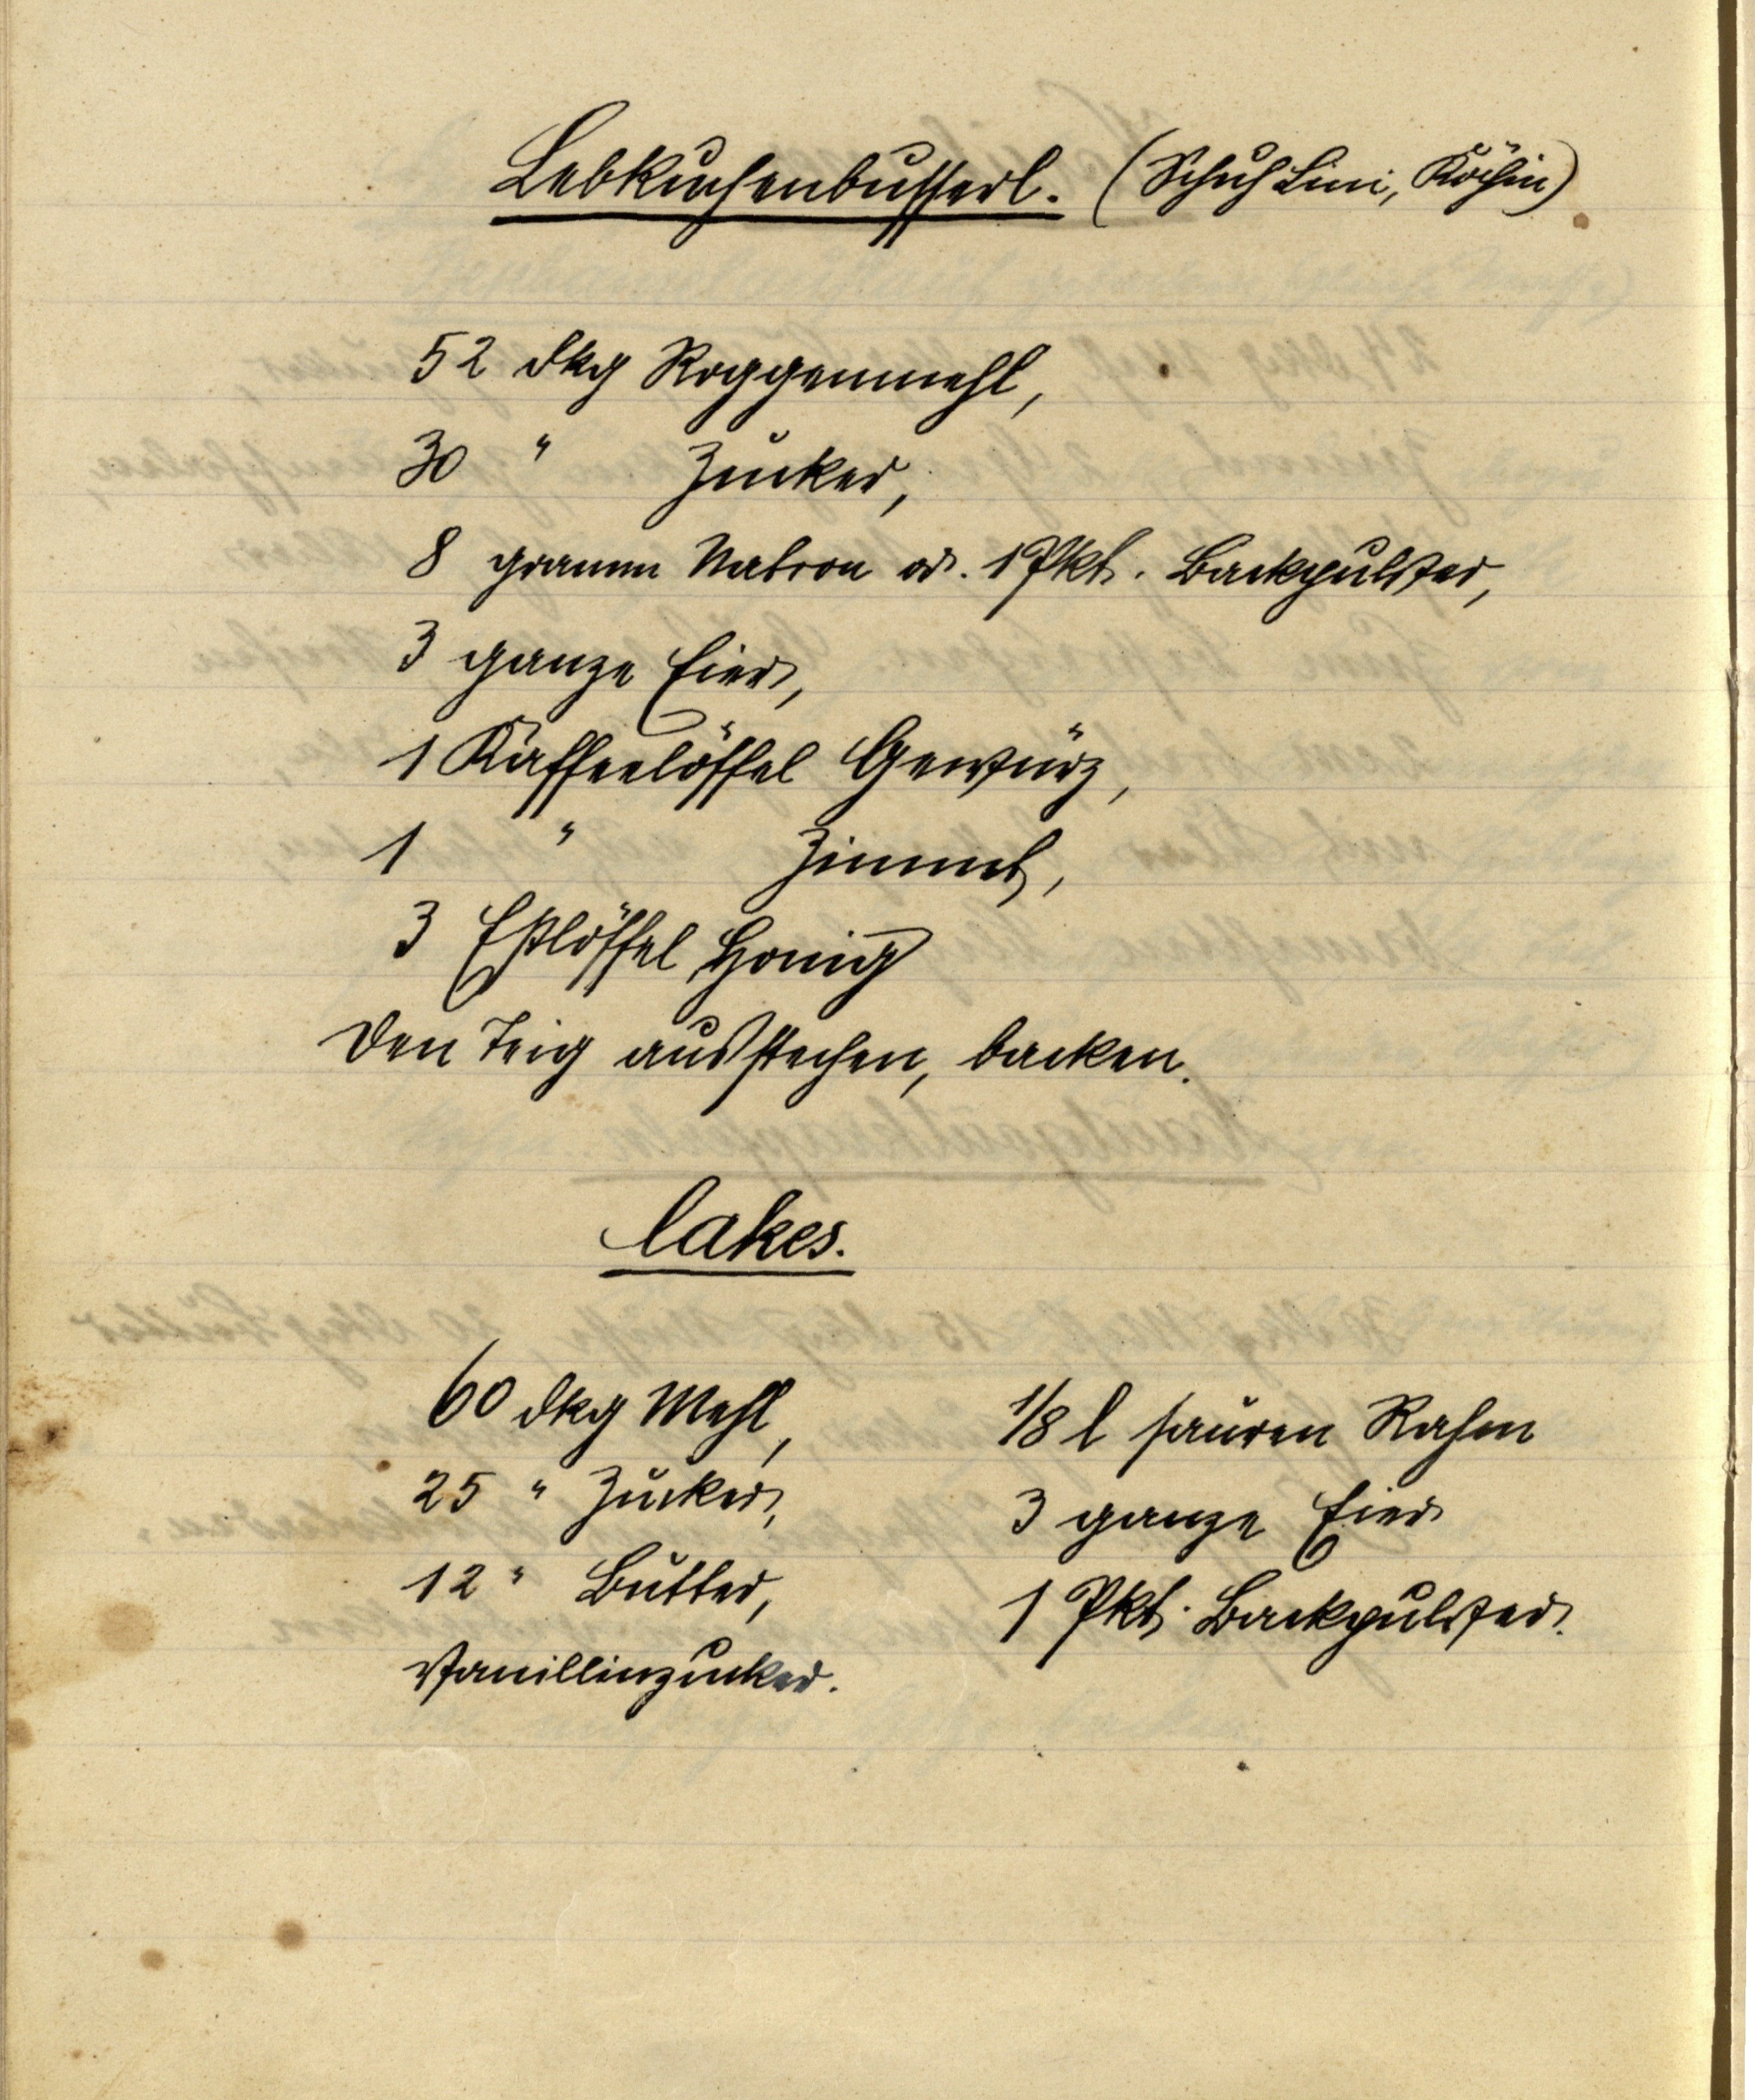
Lebkuchenbusserl. (Schuh Lini, Köchin)

52 dkg Roggenmehl,
30 " Zucker,
8 gramm Natron od. 1 Pkt. Backpulver,
3 ganze Eier,
1 Kaffeelöffel Gewürz,
1 " Zimmt,
3 Eßlöffel Honig
Den Teig ausstechen, backen.

Cakes.

60 dkg Mehl,
25 " Zucker,
12 " Butter,
Vanillinzucker.

⅛ l saurer Rahm
3 ganze Eier
1 Pkt. Backpulver.